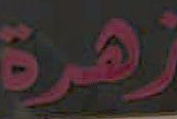
زهرة